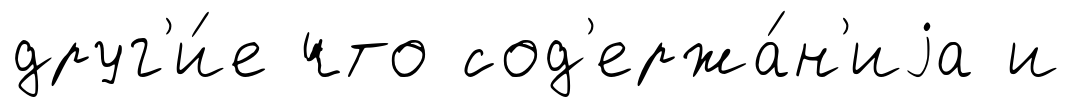
друг'и́е что сод'ержа́н'иjа и